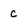
Character: c